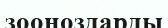
зооноздарды